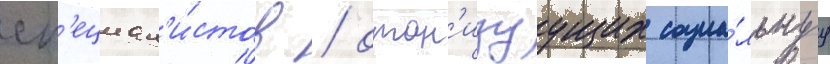
сп'ециал'и́стов / орган'изуущих социа́льнуу